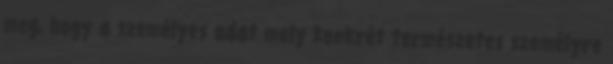
meg, hogy a személyes adat mely konkrét természetes személyre